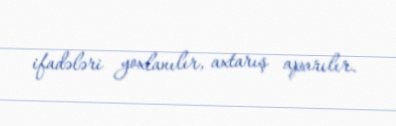
ifadələri yoxlanılır, axtarış aparılır.